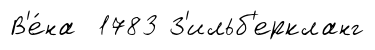
В'е́на 1783 З'ильб'еркланг